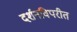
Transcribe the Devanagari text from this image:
दर्शनविपरीत